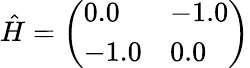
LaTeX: \begin{array}{r}{\hat{H}=\left(\begin{array}{ll}{0.0}&{-1.0}\\ {-1.0}&{0.0}\end{array}\right)}\end{array}